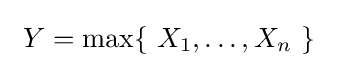
\ Y=\max\{\ X_{1},\ldots ,X_{n}\ \}\